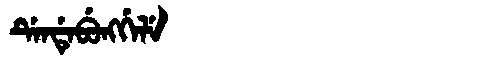
Manchu: ᡩᡝᠨᡩᡝᠪᡠᠩᡤᡝᠯᡝ
Romanization: DENDEBUNGGELE